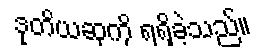
ဒုတိယဆုကို ရရှိခဲ့သည်။